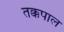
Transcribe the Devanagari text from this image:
तक्कपाल